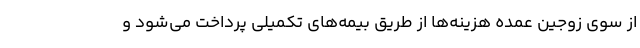
از سوی زوجین عمده هزینه‌ها از طریق بیمه‌های تکمیلی پرداخت می‌شود و